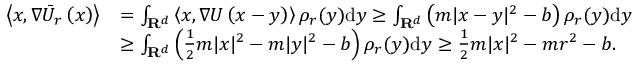
\begin{array} { r l } { \left\langle x , \nabla \Bar { U } _ { r } \left( x \right) \right\rangle } & { = \int _ { \mathbf { R } ^ { d } } \left\langle x , \nabla U \left( x - y \right) \right\rangle \rho _ { r } ( y ) \mathrm { d } y \ge \int _ { \mathbf { R } ^ { d } } \left( m | x - y | ^ { 2 } - b \right) \rho _ { r } ( y ) \mathrm { d } y } \\ & { \ge \int _ { \mathbf { R } ^ { d } } \left( \frac { 1 } { 2 } m | x | ^ { 2 } - m | y | ^ { 2 } - b \right) \rho _ { r } ( y ) \mathrm { d } y \ge \frac { 1 } { 2 } m | x | ^ { 2 } - m r ^ { 2 } - b . } \end{array}